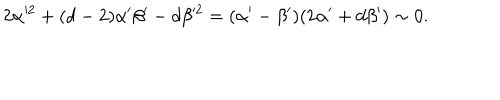
2 \alpha ^ { 2 } + ( d - 2 ) \alpha ^ { \prime } \beta ^ { \prime } - d \beta ^ { 2 } = ( \alpha ^ { \prime } - \beta ^ { \prime } ) ( 2 \alpha ^ { \prime } + d \beta ^ { \prime } ) \sim 0 .